Report of the Imperial Institute of Veterinary Research, Muktesar
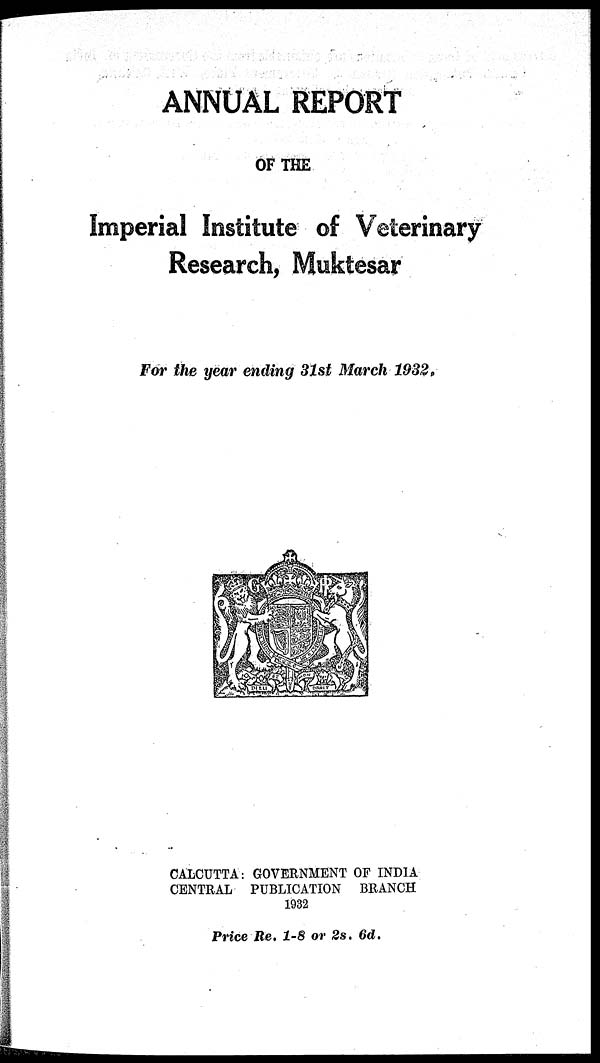
ANNUAL REPORT
OF THE
Imperial Institute of Veterinary
Research, Muktesar
For the year ending 31st March 1932.
CALCUTTA: GOVERNMENT OF INDIA
CENTRAL PUBLICATION BRANCH
1932
Price Re. 1-8 or 2s. 6d.